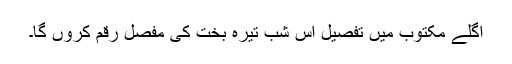
اگلے مکتوب میں تفصیل اُس شبِ تیرہ بخت کی مفصّل رقم کروں گا۔